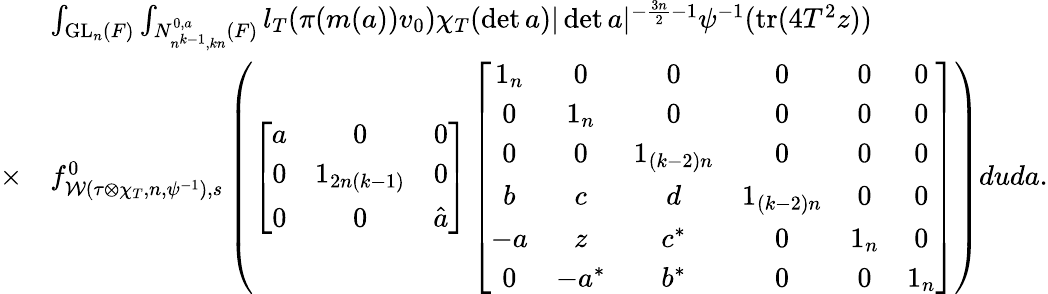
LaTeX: \begin{array}{rl}&{\int_{\mathrm{GL}_{n}(F)}\int_{N_{n^{k-1},kn}^{0,a}(F)}l_{T}(\pi(m(a))v_{0})\chi_{T}(\operatorname*{det}a)|\operatorname*{det}a|^{-\frac{3n}{2}-1}\psi^{-1}(\mathrm{tr}(4T^{2}z))}\\ {\times}&{f_{\mathcal{W}(\tau\otimes\chi_{T},n,\psi^{-1}),s}^{0}\left(\left[\begin{array}{ccc}{a}&{0}&{0}\\ {0}&{1_{2n(k-1)}}&{0}\\ {0}&{0}&{\hat{a}}\end{array}\right]\left[\begin{array}{cccccc}{1_{n}}&{0}&{0}&{0}&{0}&{0}\\ {0}&{1_{n}}&{0}&{0}&{0}&{0}\\ {0}&{0}&{1_{(k-2)n}}&{0}&{0}&{0}\\ {b}&{c}&{d}&{1_{(k-2)n}}&{0}&{0}\\ {-a}&{z}&{c^{\ast}}&{0}&{1_{n}}&{0}\\ {0}&{-a^{\ast}}&{b^{\ast}}&{0}&{0}&{1_{n}}\end{array}\right]\right)duda.}\end{array}